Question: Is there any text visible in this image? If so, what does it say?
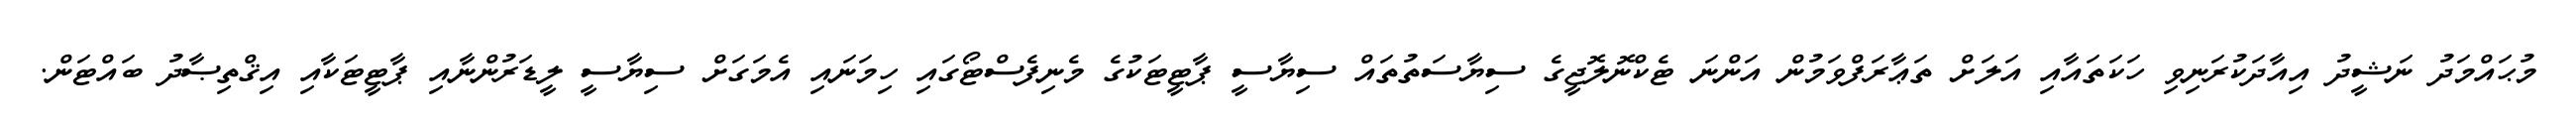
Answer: މުޙައްމަދު ނަޝީދު އިއާދަކުރަނިވި ހަކަތައާއި އަލަށް ތަޢާރަފްވަމުން އަންނަ ޓެކްނޮލޮޖީގެ ސިޔާސަތުތައް ސިޔާސީ ޕާޓީޓަކުގެ މެނިފެސްޓޯގައި ހިމަނައި އެމަގަށް ސިޔާސީ ލީޑަރުންނާއި ޕާޓީޓަކާއި އިޤްތިޞާދު ބައްޓަން.